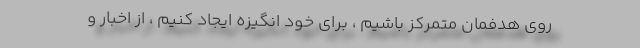
روی هدفمان متمرکز باشیم ، برای خود انگیزه ایجاد کنیم ، از اخبار و